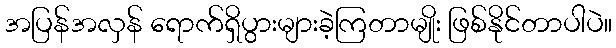
အပြန်အလှန် ရောက်ရှိပွားများခဲ့ကြတာမျိုး ဖြစ်နိုင်တာပါပဲ။